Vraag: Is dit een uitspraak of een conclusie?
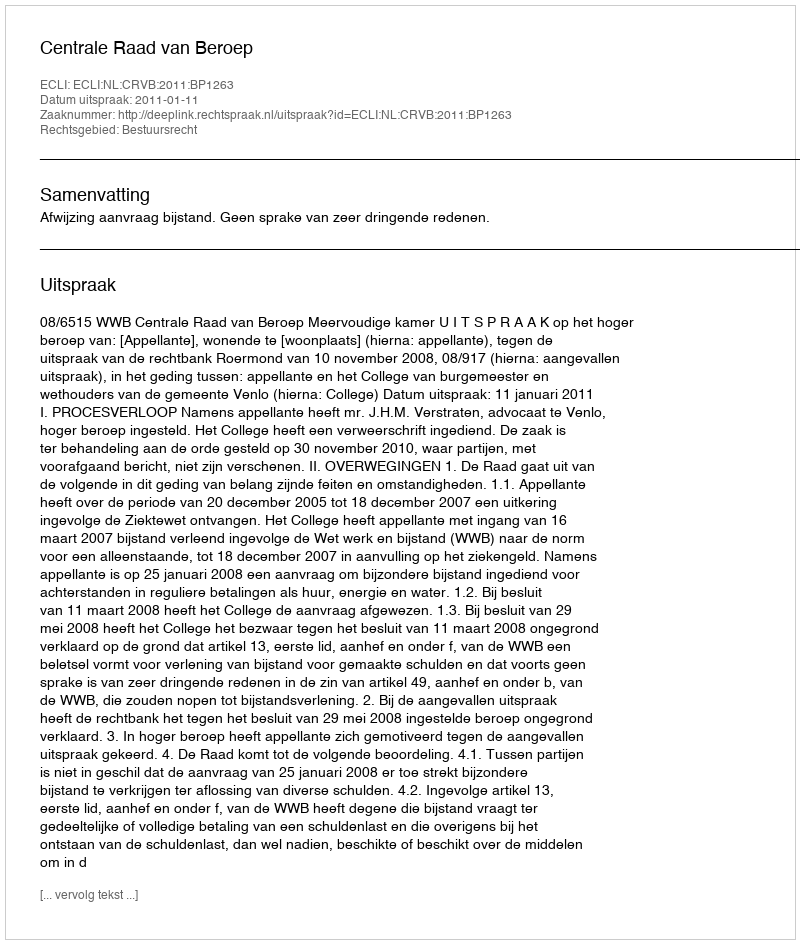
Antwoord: Uitspraak